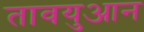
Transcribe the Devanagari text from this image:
तावयुआन